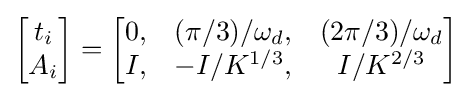
{\begin{bmatrix}t_{i}\\A_{i}\end{bmatrix}}={\begin{bmatrix}0,&(\pi /3)/\omega _{d},&(2\pi /3)/\omega _{d}\\I,&-I/K^{1/3},&I/K^{2/3}\end{bmatrix}}